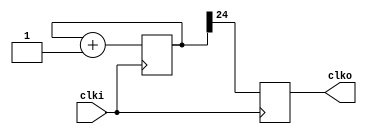
module divide_freq(clki,clko);

	input clki;
	output clko;
	reg [24:0] conta;
	reg clko;  

   always @(posedge clki)
     
	begin
	
	conta <= conta + 1;
	
	clko <= conta[24];
	
	end
endmodule